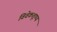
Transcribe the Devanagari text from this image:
विवेकशूण्य